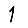
Digit: 1